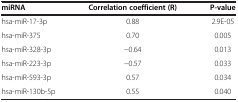
<table><thead><tr><td><b>miRNA</b></td><td><b>Correlation coefficient (R)</b></td><td><b>P-value</b></td></tr></thead><tbody><tr><td>hsa-miR-17-3p</td><td>0.88</td><td>2.9E-05</td></tr><tr><td>hsa-miR-375</td><td>0.70</td><td>0.005</td></tr><tr><td>hsa-miR-328-3p</td><td>−0.64</td><td>0.013</td></tr><tr><td>hsa-miR-223-3p</td><td>−0.57</td><td>0.033</td></tr><tr><td>hsa-miR-593-3p</td><td>0.57</td><td>0.034</td></tr><tr><td>hsa-miR-130b-5p</td><td>0.55</td><td>0.040</td></tr></tbody></table>